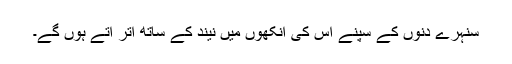
سنہرے دِنوں کے سپنے اس کی آنکھوں میں نیند کے ساتھ اُتر آتے ہوں گے۔